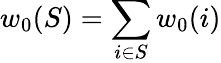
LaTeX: w_{0}(S)=\sum_{i\in S}w_{0}(i)